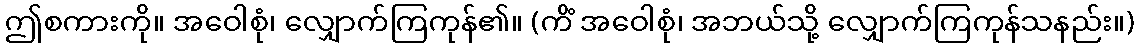
ဤစကားကို။ အဝေါစုံ၊ လျှောက်ကြကုန်၏။ (ကိံ အဝေါစုံ၊ အဘယ်သို့ လျှောက်ကြကုန်သနည်း။)